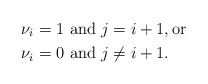
\begin{align*} \nu_i=1 & \mbox{ and } j=i+1,\mbox{or} \\ \nu_i=0 &\mbox{ and } j\neq i+1.\end{align*}